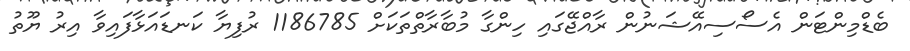
ބެޑްމިންޓަން އެސޯސިއޭޝަނުން ރާއްޖޭގައި ހިންގާ މުބާރާތްތަކަށް 1186785 ރުފިޔާ ކަނޑައަޅާފައިވާ އިރު ޔޫތު